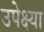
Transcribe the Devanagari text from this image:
उपेक्ष्या